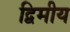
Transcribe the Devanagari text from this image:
द्विमीय